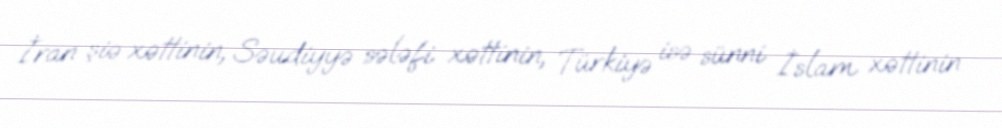
İran şiə xəttinin, Səudiyyə sələfi xəttinin, Türkiyə isə sünni İslam xəttinin